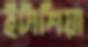
ইটাশিয়া